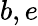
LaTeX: b,e